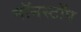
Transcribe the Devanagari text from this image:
नॉनस्‍टॉप